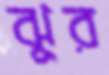
ঝুর